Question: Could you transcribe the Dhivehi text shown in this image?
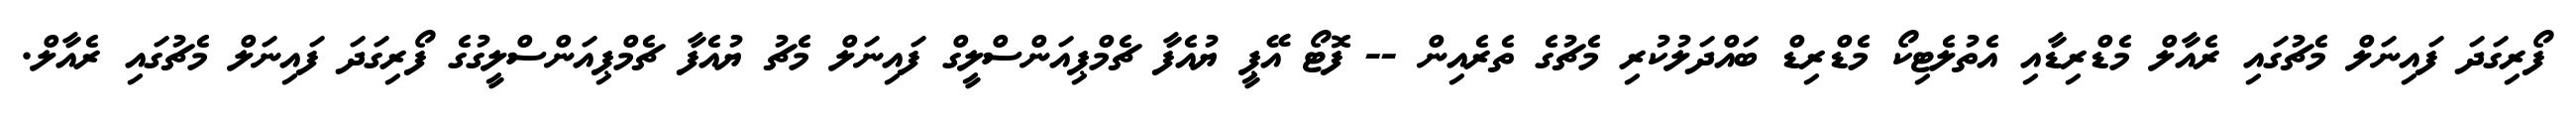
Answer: ފޯރިގަދަ ފައިނަލް މެޗުގައި ރެއާލް މެޑްރިޑާއި އެތުލެޓިކޯ މެޑްރިޑް ބައްދަލުކުރި މެޗުގެ ތެރެއިން -- ފޮޓޯ އޭޕީ ޔުއެފާ ޗެމްޕިއަންސްލީގް ފައިނަލް މެޗު ޔުއެފާ ޗެމްޕިއަންސްލީގުގެ ފޯރިގަދަ ފައިނަލް މެޗުގައި ރެއާލް.